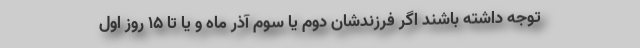
توجه داشته باشند اگر فرزندشان دوم یا سوم آذر ماه و یا تا ۱۵ روز اول